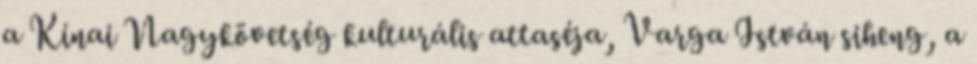
a Kínai Nagykövetség kulturális attaséja, Varga István siheng, a